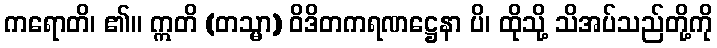
ကရောတိ၊ ၏။ ဣတိ (တသ္မာ) ဝိဒိတကရဏဋ္ဌေနာ ပိ၊ ထိုသို့ သိအပ်သည်တို့ကို